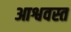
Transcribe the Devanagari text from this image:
आश्ववस्त